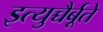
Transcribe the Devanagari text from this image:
इत्युच्चैर्बूते